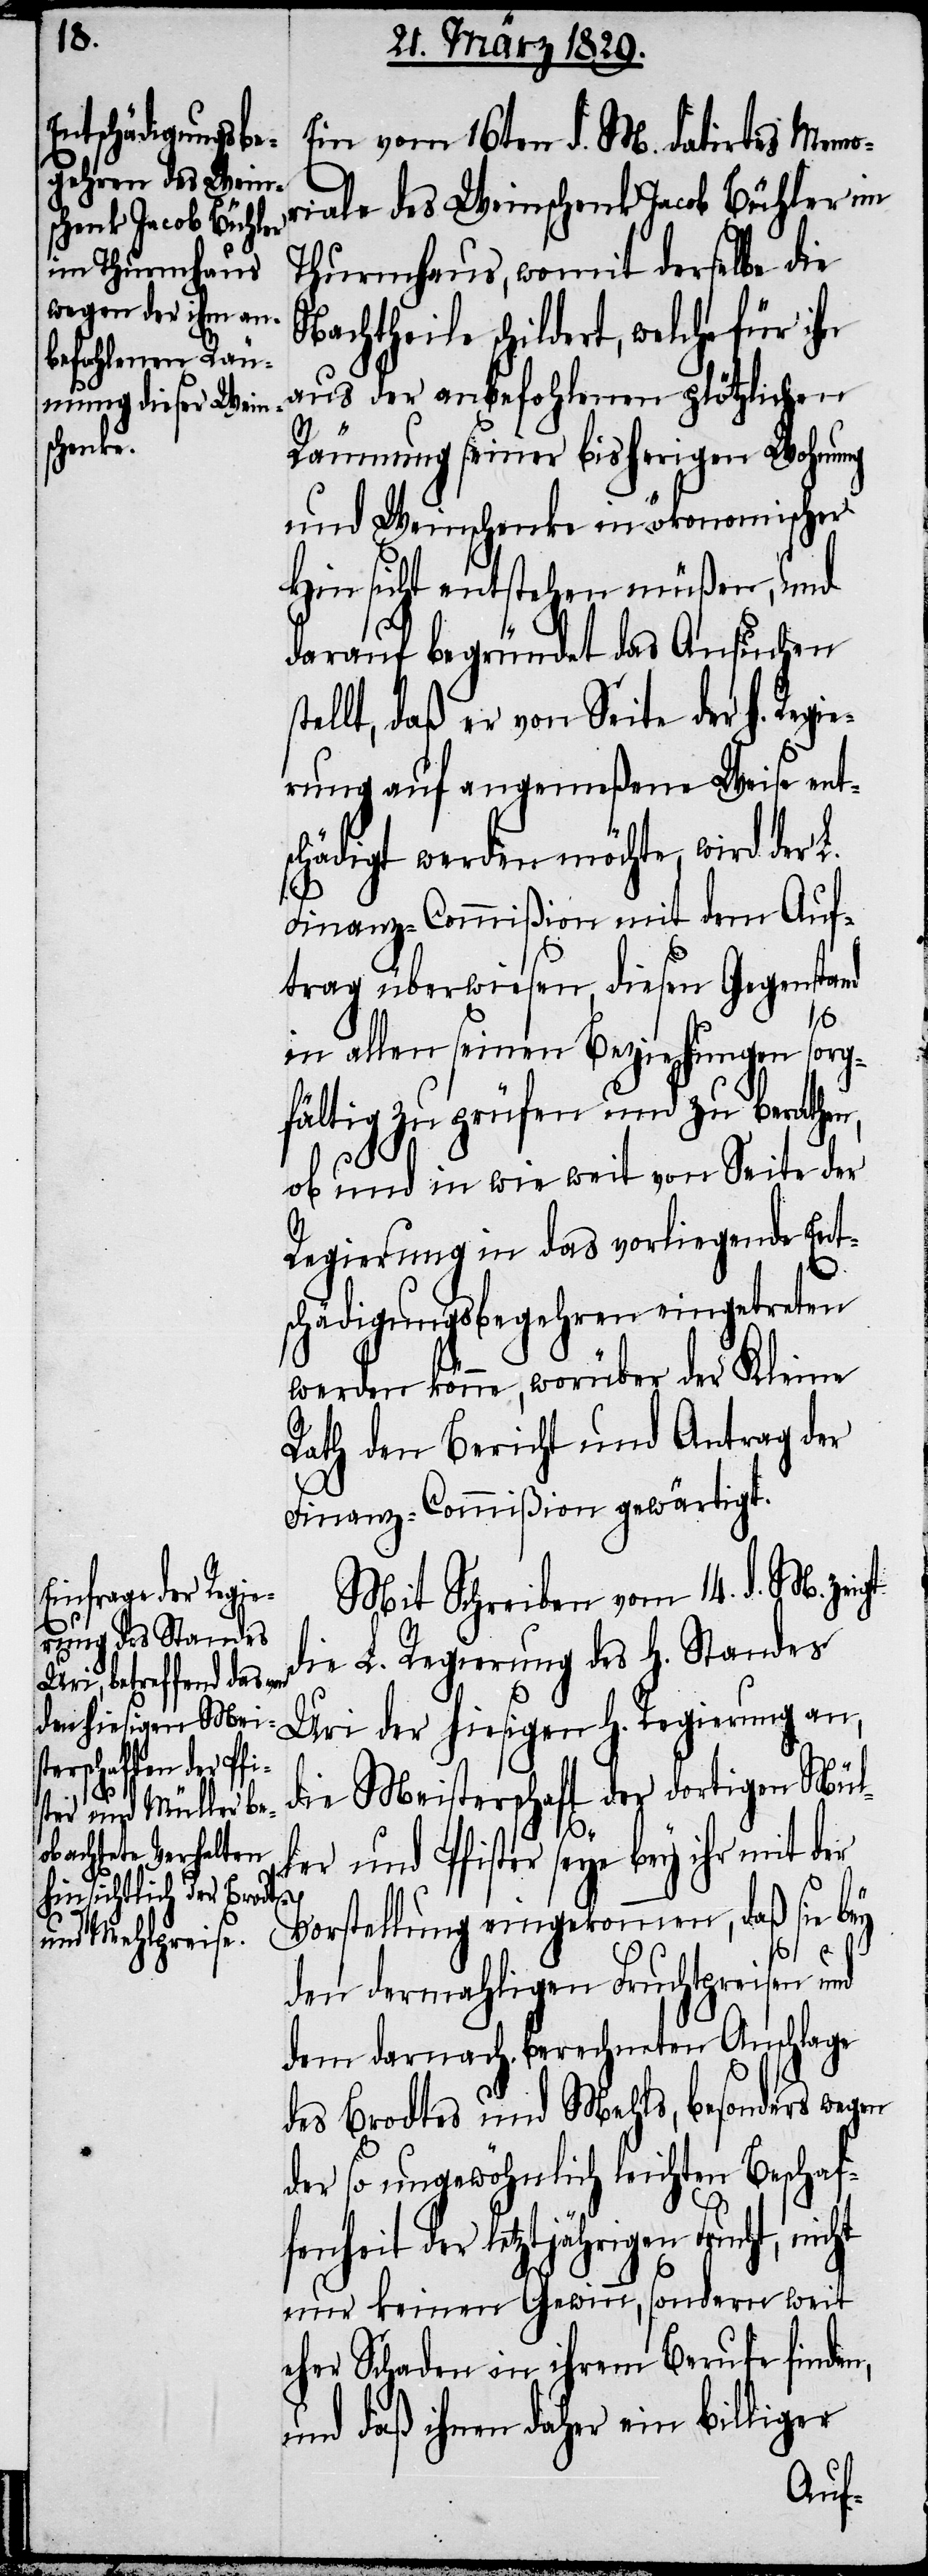
Ein vom 16ten d. M. datirtes Memor¬
iale des Weinschenk Jacob Bühler im
Thurmhaus, womit derselbe die
aus der anbefohlenen plötzlichen
theile
Räumung seiner bisherigen Wohnung
und Weinschenke in ökonomischer
Hinsicht entstehen müßen, und
darauf begründet das Ansuchen
tellt, daß er von Seite der H. Regi¬
erung auf angemeßene Weise ent¬
schädigt werden möchte, wird der L.
Finanz-Commißion mit dem Auf¬
trag überwiesen, diesen Gegenstand
nicht
in allen seinen Beziehungen sorg¬
fältig zu prüfen und zu berathen,
ob und in wie weit von Seite der
Regierung in das vorliegende Ent¬
schädigungsbegehren eingetreten
werden könne, worüber der Kleine
Rath den Bericht und Antrag der
Finanz-Commißion gewärtigt.
Mit Schreiben vom 14. d. M. zeigt
die L. Regierung des H. Standes
Uri der hiesigen H. Regierung an,
die Meisterschaft der dortigen Mül¬
n,
ler und Pfister seye bey ihr mit der
Vorstellung eingekommen, daß sie bey
den dermahligen Fruchtpreisen und
dem darnach berechneten Anschlage
des Brodtes und Mehls, besonders wegen
der so ungewöhnlich leichten Beschaf¬
fenheit der letztjährigen Fruc¬
nur keinen Gewinn, sondern weit
eher Schaden in ihrem Berufe finde¬
und daß ihnen daher ein billiger